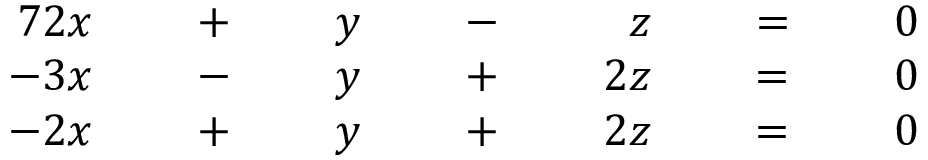
{ \begin{array} { r l r l r l r l r l r l r } { { 7 } 2 x } & { { } } & { \; + \; } & { { } } & { y } & { { } } & { \; - \; } & { { } } & { z } & { { } } & { \; = \; } & { { } } & { 0 } \\ { - 3 x } & { { } } & { \; - \; } & { { } } & { y } & { { } } & { \; + \; } & { { } } & { 2 z } & { { } } & { \; = \; } & { { } } & { 0 } \\ { - 2 x } & { { } } & { \; + \; } & { { } } & { y } & { { } } & { \; + \; } & { { } } & { 2 z } & { { } } & { \; = \; } & { { } } & { 0 } \end{array} } \qquad